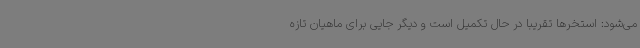
می‌شود: استخرها تقریبا در حال تکمیل است و دیگر جایی برای ماهیان تازه